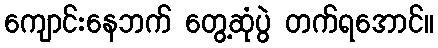
ကျောင်းနေဘက် တွေ့ဆုံပွဲ တက်ရအောင်။